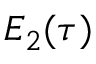
E _ { 2 } ( \tau )